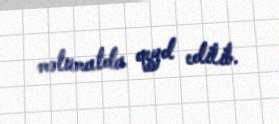
məlumatda qeyd edilib.